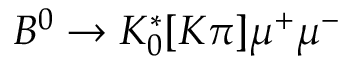
B ^ { 0 } \to { K } _ { 0 } ^ { * } [ K \pi ] \mu ^ { + } \mu ^ { - }